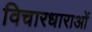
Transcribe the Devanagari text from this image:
विचारधाराओंं